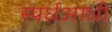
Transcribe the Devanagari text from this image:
स्पर्धआधी